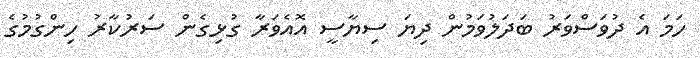
ހަމަ އެ ދުވަސްވަރު ބަދަލުވަމުން ދިޔަ ސިޔާސީ އޮއެވަރާ ގުޅިގެން ސަރުކާރު ހިންގުމުގެ